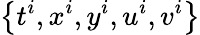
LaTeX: \left\{ t^{i},x^{i},y^{i},u^{i},v^{i}\right\}